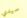
سيدي